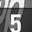
Digit: 5